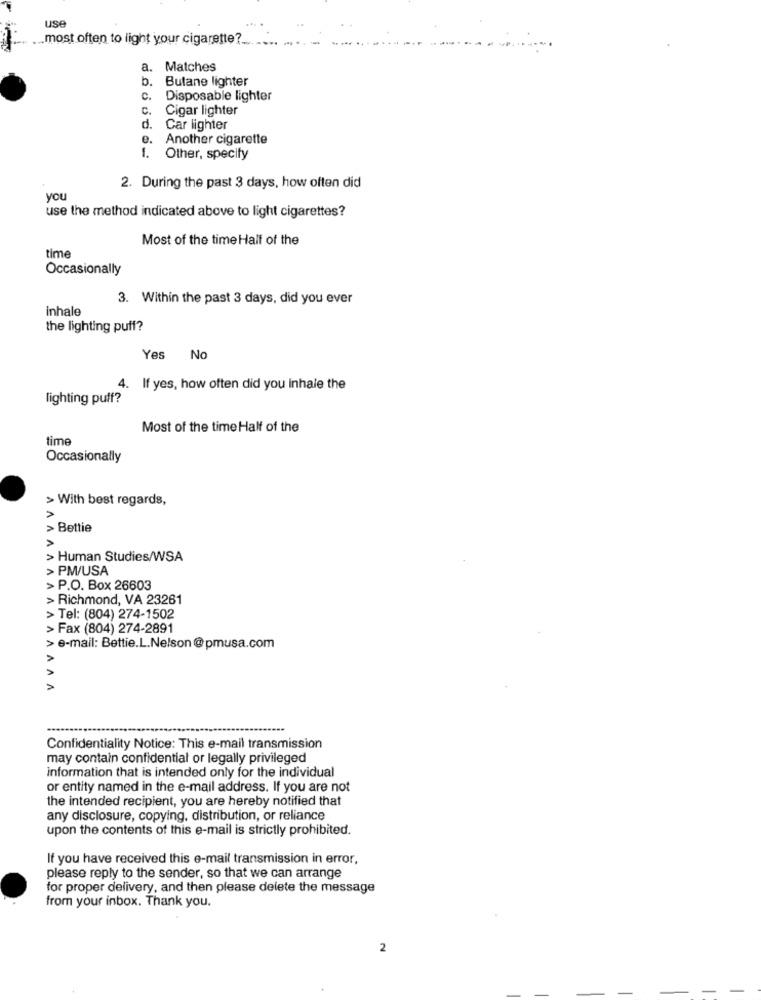
use
most often to light your cigarette ?_...
a.
Matches
b. Butane lighter
c.
Disposable lighter
C.
Cigar lighter
d.
Car lighter
e.
Another cigarette
1. Other, specify
2. During the past 3 days, how often did
you
use the method indicated above to light cigarettes?
Most of the time Half of the
time
Occasionally
3. Within the past 3 days, did you ever
inhale
the lighting puff?
Yes No
4. If yes, how often did you inhale the
lighting puff?
Most of the time Half of the
time
Occasionally
> With best regards,
A
> Bettie
>
> Human Studies/WSA
> PM/USA
> P.O. Box 26603
> Richmond, VA 23261
> Tel: (804) 274-1502
> Fax (804) 274-2891
> e-mail: Bettie.L.Nelson@pmusa.com
VVV
Confidentiality Notice: This e-mail transmission
may contain confidential or legally privileged
information that is intended only for the individual
or entity named in the e-mail address. If you are not
the intended recipient, you are hereby notified that
any disclosure, copying, distribution, or reliance
upon the contents of this e-mail is strictly prohibited.
If you have received this e-mail transmission in error,
please reply to the sender, so that we can arrange
for proper delivery, and then please delete the message
from your inbox. Thank you.
2